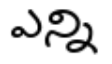
ఎన్ని